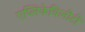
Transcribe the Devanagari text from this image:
एप्लिकेबिलीटी